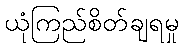
ယုံကြည်စိတ်ချရမှု